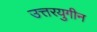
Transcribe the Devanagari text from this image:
उत्तरयुगीन